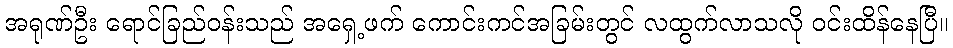
အရုဏ်ဦး ရောင်ခြည်ဝန်းသည် အရှေ့ဖက် ကောင်းကင်အခြမ်းတွင် လထွက်လာသလို ဝင်းထိန်နေပြီ။